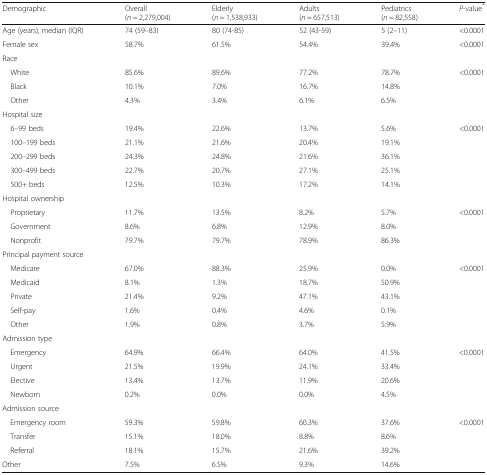
<table><thead><tr><td><b>Demographic</b></td><td><b>Overall(<i>n</i> = 2,279,004)</b></td><td><b>Elderly(<i>n</i> = 1,538,933)</b></td><td><b>Adults(<i>n</i> = 657,513)</b></td><td><b>Pediatrics(<i>n</i> = 82,558)</b></td><td><b><i>P</i>-value<sup>*</sup></b></td></tr></thead><tbody><tr><td>Age (years), median (IQR)</td><td>74 (59–83)</td><td>80 (74-85)</td><td>52 (43-59)</td><td>5 (2–11)</td><td>&lt;0.0001</td></tr><tr><td>Female sex</td><td>58.7%</td><td>61.5%</td><td>54.4%</td><td>39.4%</td><td>&lt;0.0001</td></tr><tr><td colspan="6">Race</td></tr><tr><td> White</td><td>85.6%</td><td>89.6%</td><td>77.2%</td><td>78.7%</td><td rowspan="3">&lt;0.0001</td></tr><tr><td> Black</td><td>10.1%</td><td>7.0%</td><td>16.7%</td><td>14.8%</td></tr><tr><td> Other</td><td>4.3%</td><td>3.4%</td><td>6.1%</td><td>6.5%</td></tr><tr><td colspan="6">Hospital size</td></tr><tr><td> 6–99 beds</td><td>19.4%</td><td>22.6%</td><td>13.7%</td><td>5.6%</td><td rowspan="5">&lt;0.0001</td></tr><tr><td> 100–199 beds</td><td>21.1%</td><td>21.6%</td><td>20.4%</td><td>19.1%</td></tr><tr><td> 200–299 beds</td><td>24.3%</td><td>24.8%</td><td>21.6%</td><td>36.1%</td></tr><tr><td> 300–499 beds</td><td>22.7%</td><td>20.7%</td><td>27.1%</td><td>25.1%</td></tr><tr><td> 500+ beds</td><td>12.5%</td><td>10.3%</td><td>17.2%</td><td>14.1%</td></tr><tr><td colspan="6">Hospital ownership</td></tr><tr><td> Proprietary</td><td>11.7%</td><td>13.5%</td><td>8.2%</td><td>5.7%</td><td rowspan="3">&lt;0.0001</td></tr><tr><td> Government</td><td>8.6%</td><td>6.8%</td><td>12.9%</td><td>8.0%</td></tr><tr><td> Nonprofit</td><td>79.7%</td><td>79.7%</td><td>78.9%</td><td>86.3%</td></tr><tr><td colspan="6">Principal payment source</td></tr><tr><td> Medicare</td><td>67.0%</td><td>88.3%</td><td>25.9%</td><td>0.0%</td><td rowspan="5">&lt;0.0001</td></tr><tr><td> Medicaid</td><td>8.1%</td><td>1.3%</td><td>18.7%</td><td>50.9%</td></tr><tr><td> Private</td><td>21.4%</td><td>9.2%</td><td>47.1%</td><td>43.1%</td></tr><tr><td> Self-pay</td><td>1.6%</td><td>0.4%</td><td>4.6%</td><td>0.1%</td></tr><tr><td> Other</td><td>1.9%</td><td>0.8%</td><td>3.7%</td><td>5.9%</td></tr><tr><td colspan="6">Admission type</td></tr><tr><td> Emergency</td><td>64.9%</td><td>66.4%</td><td>64.0%</td><td>41.5%</td><td rowspan="4">&lt;0.0001</td></tr><tr><td> Urgent</td><td>21.5%</td><td>19.9%</td><td>24.1%</td><td>33.4%</td></tr><tr><td> Elective</td><td>13.4%</td><td>13.7%</td><td>11.9%</td><td>20.6%</td></tr><tr><td> Newborn</td><td>0.2%</td><td>0.0%</td><td>0.0%</td><td>4.5%</td></tr><tr><td colspan="6">Admission source</td></tr><tr><td> Emergency room</td><td>59.3%</td><td>59.8%</td><td>60.3%</td><td>37.6%</td><td rowspan="4">&lt;0.0001</td></tr><tr><td> Transfer</td><td>15.1%</td><td>18.0%</td><td>8.8%</td><td>8.6%</td></tr><tr><td> Referral</td><td>18.1%</td><td>15.7%</td><td>21.6%</td><td>39.2%</td></tr><tr><td>Other</td><td>7.5%</td><td>6.5%</td><td>9.3%</td><td>14.6%</td></tr></tbody></table>